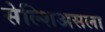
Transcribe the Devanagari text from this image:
सेल्शिअसला